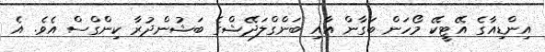
އިންޑިއާގެ އޭޓީކޭ މޯހަން ބަގާން އާއި ބަންގްލަދޭޝްގެ ބަޝުންދުރާ ކިންގްސް އެވެ. އެ